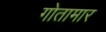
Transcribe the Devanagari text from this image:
गोतामार